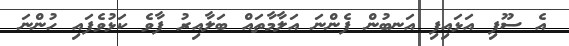
އެ ސޫފި އަޅައިފި އަނބުން ފެންނަ އަލާމާތައް ބަލާއިރު ފާވެ ކަޅުވެފައި ހުންނަ